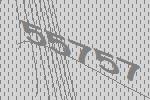
55757